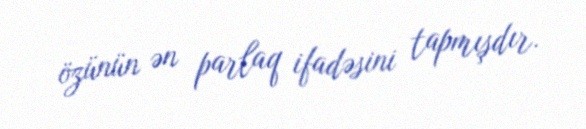
özünün ən parlaq ifadəsini tapmışdır.